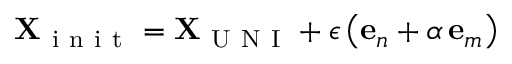
\mathbf { X } _ { \mathrm { ~ i ~ n ~ i ~ t ~ } } = \mathbf { X } _ { \mathrm { ~ U ~ N ~ I ~ } } + \epsilon \left( \mathbf { e } _ { n } + \alpha \, \mathbf { e } _ { m } \right)